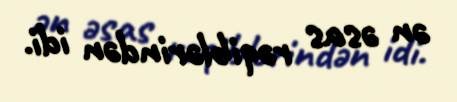
ən əsas rəqiblərindən idi.